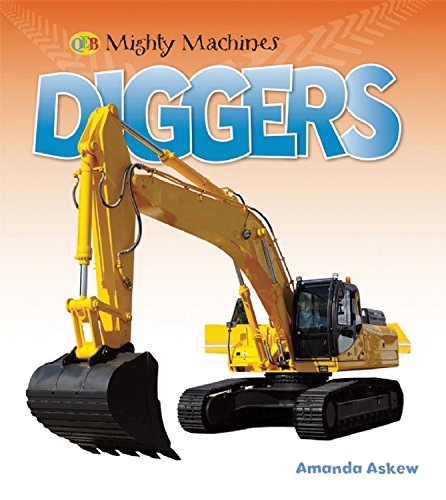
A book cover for Diggers (Mighty Machines QEB); Amanda Askew; Children's Books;